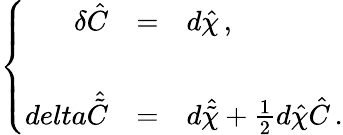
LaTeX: \left\{ \begin{array}{rcl}{{\delta\hat{C}}}&{{=}}&{{d\hat{\chi}\, ,}}\\ {{}}&{{}}&{{}}\\ {{delta\hat{\tilde{C}}}}&{{=}}&{{d\hat{\tilde{\chi}}+\frac{1}{2}d\hat{\chi}\hat{C}\, .}}\end{array}\right.